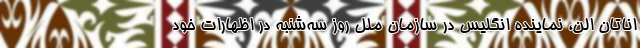
اناتان الن، نماینده انگلیس در سازمان ملل روز سه‌شنبه در اظهارات خود